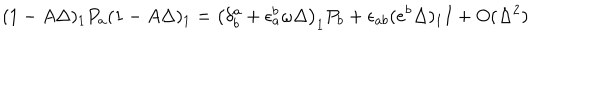
( 1 - A \Delta ) _ { 1 } P _ { a } ( 1 - A \Delta ) _ { 1 } = \left( \delta _ { b } ^ { a } + \epsilon _ { a } ^ { b } \omega \Delta \right) _ { 1 } P _ { b } + \epsilon _ { a b } ( e ^ { b } \Delta ) _ { 1 } I + O ( \Delta ^ { 2 } )